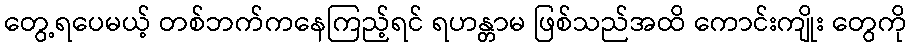
တွေ့ရပေမယ့် တစ်ဘက်ကနေကြည့်ရင် ရဟန္တာမ ဖြစ်သည်အထိ ကောင်းကျိုး တွေကို